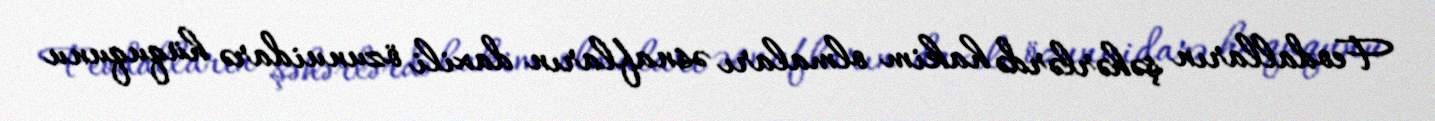
Feodalların şəhərlərdə hakim olmaları əsnafların daxili özunuidarə hüququnu